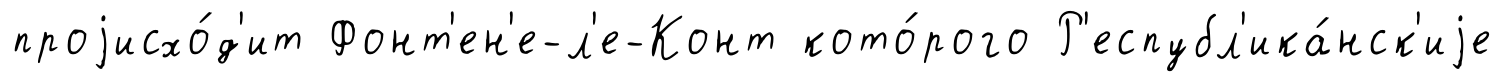
проjисхо́д'ит Фонт'ен'е-л'е-Конт кото́рого Р'еспубл'ика́нск'иjе